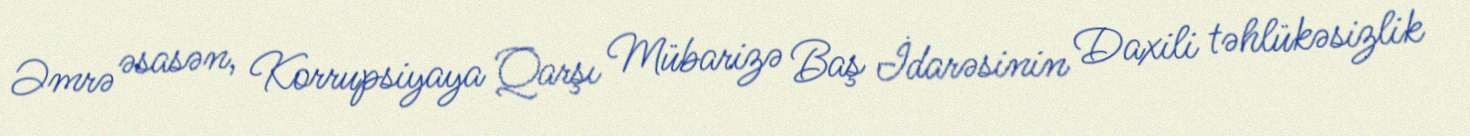
Əmrə əsasən, Korrupsiyaya Qarşı Mübarizə Baş İdarəsinin Daxili təhlükəsizlik